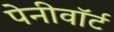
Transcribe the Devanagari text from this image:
पेनीवॉर्ट